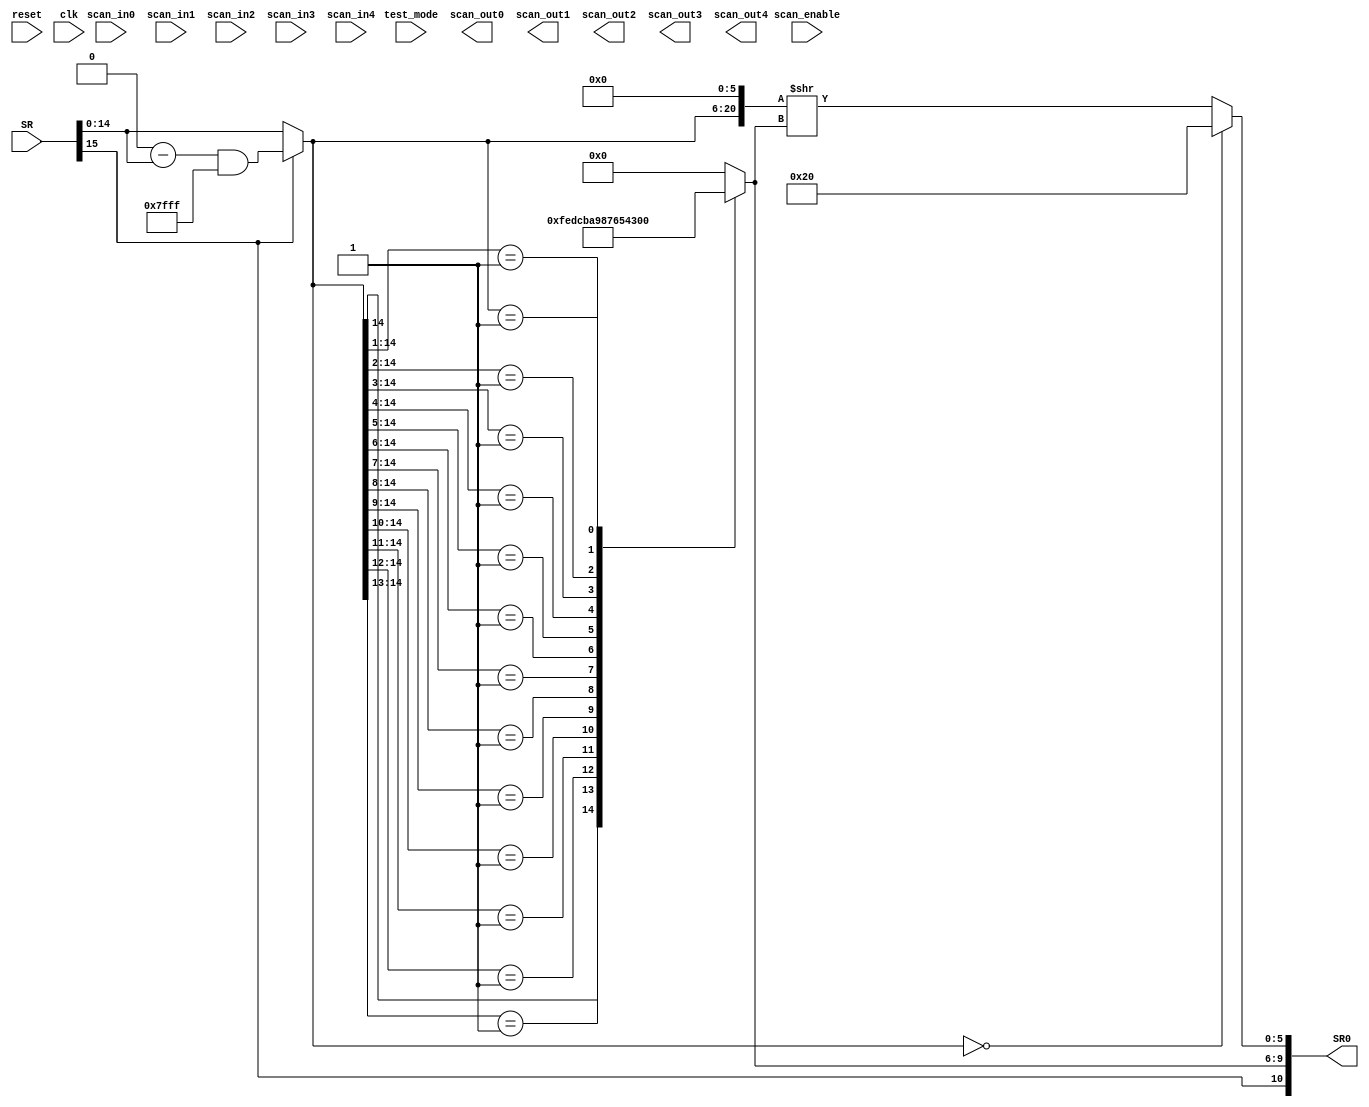
module FLOATB (
           reset,
           clk,
           scan_in0,
           scan_in1,
           scan_in2,
           scan_in3,
           scan_in4,
           scan_enable,
           test_mode,
           scan_out0,
           scan_out1,
           scan_out2,
           scan_out3,
           scan_out4,
	   SR,
	   SR0
       );

input
    reset,                      // system reset
    clk;                        // system clock

input
    scan_in0,                   // test scan mode data input
    scan_in1,                   // test scan mode data input
    scan_in2,                   // test scan mode data input
    scan_in3,                   // test scan mode data input
    scan_in4,                   // test scan mode data input
    scan_enable,                // test scan mode enable
    test_mode;                  // test mode 

output
    scan_out0,                  // test scan mode data output
    scan_out1,                  // test scan mode data output
    scan_out2,                  // test scan mode data output
    scan_out3,                  // test scan mode data output
    scan_out4;                  // test scan mode data output

input [15:0] 
	SR;

output wire [10:0] 
	SR0;

wire 
	SRS;

wire [14:0]
	MAG;

reg [3:0]
	EXP;

wire [5:0]
	MANT;

// convert 16-bit two's complement to floating point	
assign SRS = SR[15];

// compute magnitude
assign MAG = (SRS == 0)?SR:((65536-SR) & 32767);

// compute exponent
always@ (MAG) begin

	casez (MAG)	
		15'b1??????????????:
			begin
				EXP <= 15;
			end
		15'b01?????????????:
			begin
				EXP <= 14;
			end
		15'b001????????????:
			begin
				EXP <= 13;
			end
		15'b0001???????????:
			begin
				EXP <= 12;
			end
		15'b00001??????????:
			begin
				EXP <= 11;
			end
		15'b000001?????????:
			begin
				EXP <= 10;
			end
		15'b0000001????????:
			begin
				EXP <= 9;
			end
		15'b00000001???????:
			begin
				EXP <= 8;
			end
		15'b000000001??????:
			begin
				EXP <= 7;
			end
		15'b0000000001?????:
			begin
				EXP <= 6;
			end
		15'b00000000001????:
			begin
				EXP <= 5;
			end
		15'b000000000001???:
			begin
				EXP <= 4;
			end
		15'b0000000000001??:
			begin
				EXP <= 3;
			end
		15'b00000000000001?:
			begin
				EXP <= 2;
			end
		15'b000000000000001:
			begin
				EXP <= 1;
			end
		default:
			begin
				EXP <= 0;
			end
	endcase
end

// compute mantissa with a 1 in the most significant bit
assign MANT = (MAG == 0)?32:({MAG,6'b000000}>>EXP);

// combine sign bit, 4 exponent bits and 6 mantissa bits into one 11-bit word
assign SR0 = ({SRS,EXP,MANT});

endmodule